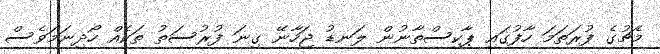
މެޗުގެ ފުރަތަމަ ހާފުގައި ޕާކިސްތާނުން ލަނޑު ޖަހާނޭ ގިނަ ފުރުސަތު ތަކެއް ހޯދިނަމަވެސް